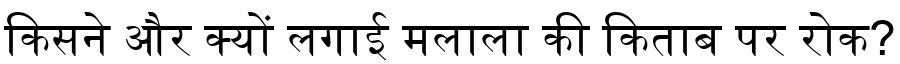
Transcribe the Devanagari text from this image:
किसने और क्यों लगाई मलाला की किताब पर रोक?